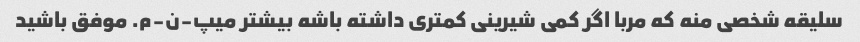
سلیقه شخصی منه که مربا اگر کمی شیرینی کمتری داشته باشه بیشتر میپ-ن-م. موفق باشید